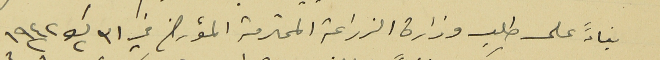
بناءً على طلب وزارة الزراعة المحترمة المؤرخ في ٣١ ك٢ ١٩٤٢